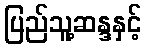
ပြည်သူ့ဆန္ဒနှင့်